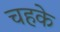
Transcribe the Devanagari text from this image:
चहके